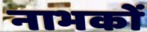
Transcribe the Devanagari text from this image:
नाभकों